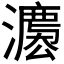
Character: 𱩬